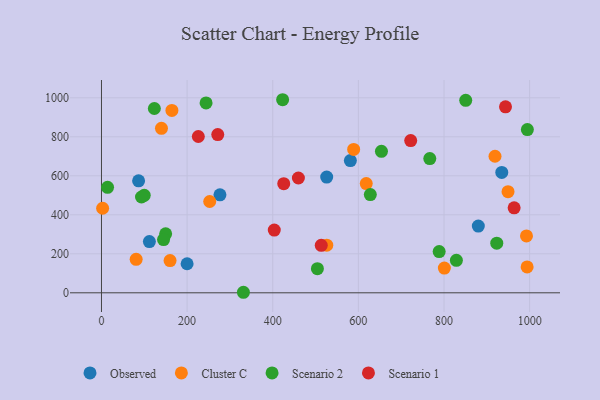
{"axis": {"x": "Experience", "y": "Demand"}, "legend": ["Cluster C", "Observed", "Scenario 1", "Scenario 2"], "data": [{"x": "934.9", "y": 617.4, "type": "Observed"}, {"x": "111.9", "y": 262.8, "type": "Observed"}, {"x": "200.0", "y": 149.1, "type": "Observed"}, {"x": "526.0", "y": 593.7, "type": "Observed"}, {"x": "581.3", "y": 678.2, "type": "Observed"}, {"x": "880.1", "y": 342.2, "type": "Observed"}, {"x": "276.7", "y": 502.4, "type": "Observed"}, {"x": "86.7", "y": 574.5, "type": "Observed"}, {"x": "81.0", "y": 171.8, "type": "Cluster C"}, {"x": "252.8", "y": 468.3, "type": "Cluster C"}, {"x": "2.7", "y": 433.6, "type": "Cluster C"}, {"x": "618.4", "y": 560.0, "type": "Cluster C"}, {"x": "160.2", "y": 165.4, "type": "Cluster C"}, {"x": "949.5", "y": 518.5, "type": "Cluster C"}, {"x": "992.6", "y": 291.6, "type": "Cluster C"}, {"x": "589.0", "y": 735.4, "type": "Cluster C"}, {"x": "140.1", "y": 843.7, "type": "Cluster C"}, {"x": "164.5", "y": 935.4, "type": "Cluster C"}, {"x": "994.1", "y": 132.6, "type": "Cluster C"}, {"x": "919.1", "y": 700.3, "type": "Cluster C"}, {"x": "800.8", "y": 127.0, "type": "Cluster C"}, {"x": "526.2", "y": 244.0, "type": "Cluster C"}, {"x": "850.7", "y": 987.2, "type": "Scenario 2"}, {"x": "627.9", "y": 503.6, "type": "Scenario 2"}, {"x": "331.5", "y": 2.7, "type": "Scenario 2"}, {"x": "14.2", "y": 541.0, "type": "Scenario 2"}, {"x": "244.3", "y": 973.9, "type": "Scenario 2"}, {"x": "923.2", "y": 254.4, "type": "Scenario 2"}, {"x": "788.7", "y": 211.6, "type": "Scenario 2"}, {"x": "149.9", "y": 302.7, "type": "Scenario 2"}, {"x": "766.8", "y": 688.5, "type": "Scenario 2"}, {"x": "653.9", "y": 725.5, "type": "Scenario 2"}, {"x": "123.5", "y": 945.2, "type": "Scenario 2"}, {"x": "99.9", "y": 500.1, "type": "Scenario 2"}, {"x": "828.9", "y": 166.7, "type": "Scenario 2"}, {"x": "145.0", "y": 272.9, "type": "Scenario 2"}, {"x": "504.3", "y": 123.5, "type": "Scenario 2"}, {"x": "994.7", "y": 837.3, "type": "Scenario 2"}, {"x": "423.1", "y": 990.2, "type": "Scenario 2"}, {"x": "93.5", "y": 491.2, "type": "Scenario 2"}, {"x": "403.6", "y": 321.9, "type": "Scenario 1"}, {"x": "271.6", "y": 811.5, "type": "Scenario 1"}, {"x": "722.2", "y": 780.6, "type": "Scenario 1"}, {"x": "226.2", "y": 801.7, "type": "Scenario 1"}, {"x": "425.7", "y": 559.7, "type": "Scenario 1"}, {"x": "943.6", "y": 953.9, "type": "Scenario 1"}, {"x": "459.9", "y": 588.8, "type": "Scenario 1"}, {"x": "513.3", "y": 243.3, "type": "Scenario 1"}, {"x": "963.8", "y": 435.6, "type": "Scenario 1"}]}